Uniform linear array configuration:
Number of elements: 24
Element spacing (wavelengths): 0.5
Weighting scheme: uniform
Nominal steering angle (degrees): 15
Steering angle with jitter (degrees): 15.071
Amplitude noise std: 0.05
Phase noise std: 0.05

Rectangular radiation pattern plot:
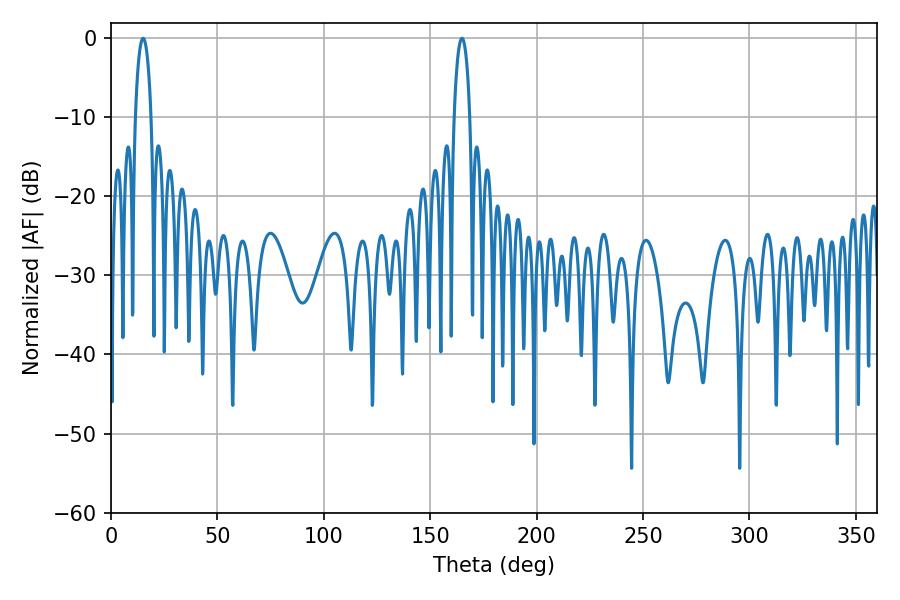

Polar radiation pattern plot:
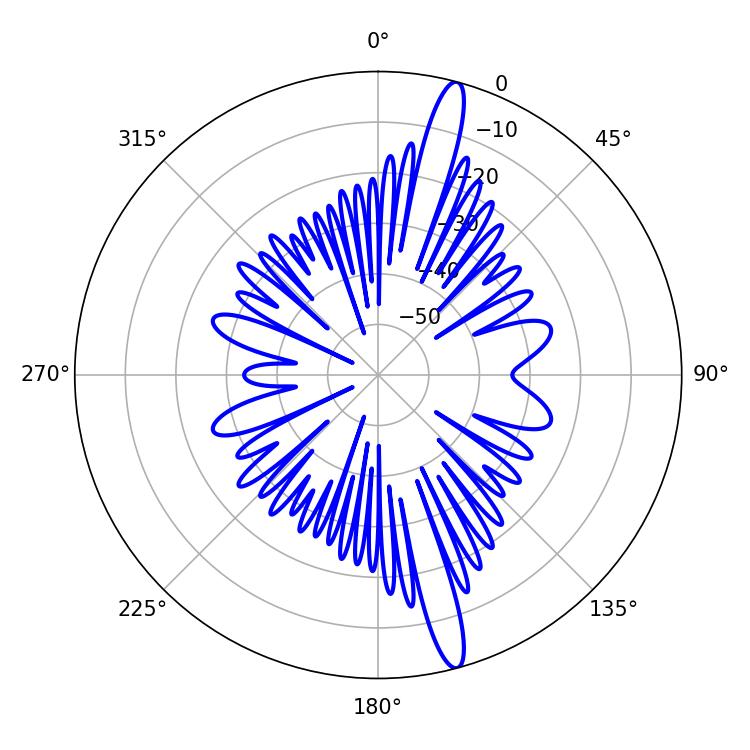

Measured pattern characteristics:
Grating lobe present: FALSE
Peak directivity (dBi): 16.499
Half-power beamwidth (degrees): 4.32
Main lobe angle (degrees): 15.12